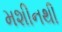
મશીનથી